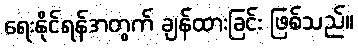
ရေးနိုင်ရန်အတွက် ချန်ထားခြင်း ဖြစ်သည်။